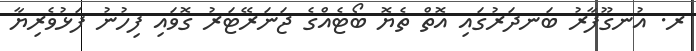
ރ. އުނގޫފާރު ބަނދަރުގައި އޮތް ތެޔޮ ބޯޓެއްގެ ޖަނަރޭޓަރު ގޮވައި ފިހުނު ފަޅުވެރިޔާ